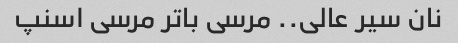
نان سیر عالی.. مرسی باتر مرسی اسنپ